Report on vaccination in the Province of Bengal - 1874-1889
Year: 1874
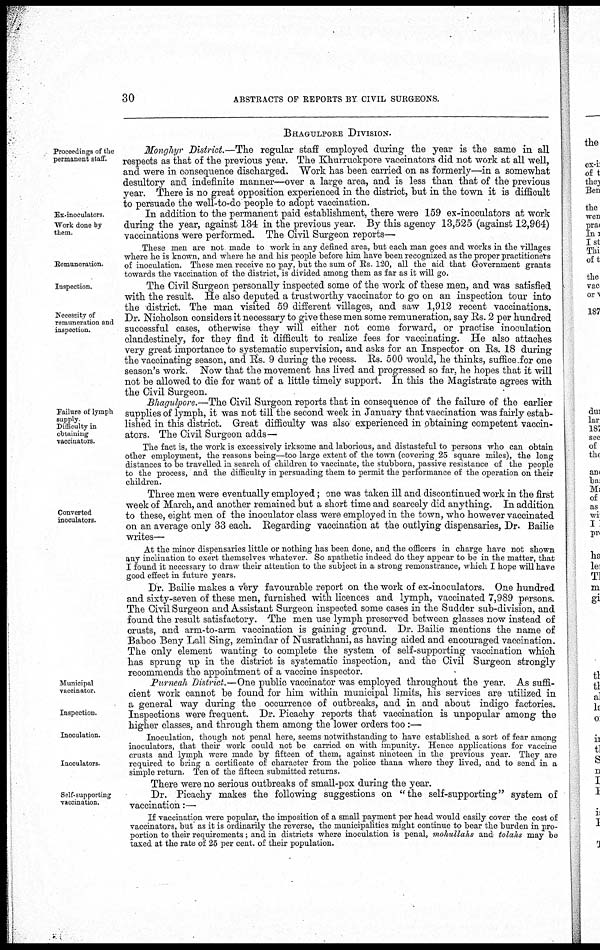
30
ABSTRACTS OF REPORTS BY CIVIL SURGEONS.
BHAGULPORE DIVISION.
Proceedings of the
permanent staff.
Monghyr District.—The regular staff employed during the year is the same in all
respects as that of the previous year. The Khurruckpore vaccinators did not work at all well,
and were in consequence discharged. Work has been carried on as formerly—in a somewhat
desultory and indefinite manner—over a large area, and is less than that of the previous
year. There is no great opposition experienced in the district, but in the town it is difficult
to persuade the well-to-do people to adopt vaccination.
Ex-inoculators.
Work done by
them.
In addition to the permanent paid establishment, there were 159 ex-inoculators at work
during the year, against 134 in the previous year. By this agency 13,525 (against 12,964)
vaccinations were performed. The Civil Surgeon reports—
Remuneration.
These men are not made to work in any defined area, but each man goes and works in the villages
where he is known, and where he and his people before him have been recognized as the proper practitioners
of inoculation. These men receive no pay, but the sum of Rs. 120, all the aid that Government grants
towards the vaccination of the district, is divided among them as far as it will go.
Inspection.
Necessity of
remuneration and
inspection.
The Civil Surgeon personally inspected some of the work of these men, and was satisfied
with the result. He also deputed a trustworthy vaccinator to go on an inspection tour into
the district. The man visited 59 different villages, and saw 1,912 recent vaccinations.
Dr. Nicholson considers it necessary to give these men some remuneration, say Rs. 2 per hundred
successful cases, otherwise they will either not come forward, or practise inoculation
clandestinely, for they find it difficult to realize fees for vaccinating. He also attaches
very great importance to systematic supervision, and asks for an Inspector on Rs. 18 during
the vaccinating season, and Rs. 9 during the recess. Rs. 500 would, he thinks, suffice for one
season's work. Now that the movement has lived and progressed so far, he hopes that it will
not be allowed to die for want of a little timely support. In this the Magistrate agrees with
the Civil Surgeon.
Failure of lymph
supply
Difficulty in
obtaining
vaccinators.
Bhagulpore.—The Civil Surgeon reports that in consequence of the failure of the earlier
supplies of lymph, it was not till the second week in January that vaccination was fairly estab-
lished in this district. Great difficulty was also experienced in obtaining competent vaccin-
ators. The Civil Surgeon adds—
The fact is, the work is excessively irksome and laborious, and distasteful to persons who can obtain
other employment, the reasons being—too large extent of the town (covering 25 square miles), the long
distances to be travelled in search of children to vaccinate, the stubborn, passive resistance of the people
to the process, and the difficulty in persuading them to permit the performance of the operation on their
children.
Converted
inoculators.
Three men were eventually employed; one was taken ill and discontinued work in the first
week of March, and another remained but a short time and scarcely did anything. In addition
to these, eight men of the inoculator class were employed in the town, who however vaccinated
on an average only 33 each. Regarding vaccination at the outlying dispensaries, Dr. Bailie
writes—
At the minor dispensaries little or nothing has been done, and the officers in charge have not shown
any inclination to exert themselves whatever. So apathetic indeed do they appear to be in the matter, that
I found it necessary to draw their attention to the subject in a strong remonstrance, which I hope will have
good effect in future years.
Dr. Bailie makes a very favourable report on the work of ex-inoculators. One hundred
and sixty-seven of these men, furnished with licences and lymph, vaccinated 7,989 persons.
The Civil Surgeon and Assistant Surgeon inspected some cases in the Sudder sub-division, and
found the result satisfactory. The men use lymph preserved between glasses now instead of
crusts, and arm-to-arm vaccination is gaining ground. Dr. Bailie mentions the name of
Baboo Beny Lall Sing, zemindar of Nusratkhani, as having aided and encouraged vaccination.
The only element wanting to complete the system of self-supporting vaccination which
has sprung up in the district is systematic inspection, and the Civil Surgeon strongly
recommends the appointment of a vaccine inspector.
Municipal
vaccinator.
Inspection.
Purneah District.—One public vaccinator was employed throughout the year. As suffi-
cient work cannot be found for him within municipal limits, his services are utilized in
a general way during the occurrence of outbreaks, and in and about indigo factories.
Inspections were frequent. Dr. Picachy reports that vaccination is unpopular among the
higher classes, and through them among the lower orders too :—
Inoculation.
Inoculators.
Inoculation, though not penal here, seems notwithstanding to have established a sort of fear among
inoculators, that their work could not be carried on with impunity. Hence applications for vaccine
crusts and lymph were made by fifteen of them, against nineteen in the previous year. They are
required to bring a certificate of character from the police thana where they lived, and to send in a
simple return. Ten of the fifteen submitted returns.
There were no serious outbreaks of small-pox during the year.
Self-supporting
vaccination.
Dr. Picachy makes the following suggestions on "the self-supporting" system of
vaccination:—
If vaccination were popular, the imposition of a small payment per head would easily cover the cost of
vaccinators, but as it is ordinarily the reverse, the municipalities might continue to bear the burden in pro-
portion to their requirements; and in districts where inoculation is penal, mohullahs and totahs may be
taxed at the rate of 25 per cent. of their population.